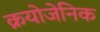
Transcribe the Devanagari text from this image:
क्रयोजेनिक